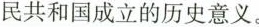
民共和国成立的历史意义。